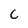
Character: C